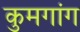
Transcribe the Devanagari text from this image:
कुमगांग